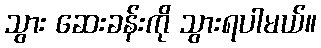
သွား ဆေးခန်းကို သွားရပါမယ်။